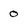
Character: 0